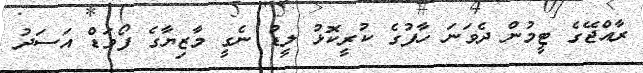
ރާއްޖޭގެ ޓީމުން ދެވަނަ ހާފުގެ ކުރީކޮޅު ލީޑު ނެގީ މާޒިޔާގެ ފޯވަޑް އަސަދު